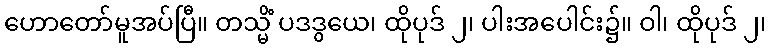
ဟောတော်မူအပ်ပြီ။ တသ္မိံ ပဒဒွယေ၊ ထိုပုဒ် ၂၊ ပါးအပေါင်း၌။ ဝါ၊ ထိုပုဒ် ၂၊